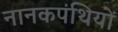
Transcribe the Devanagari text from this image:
नानकपंथियों